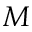
M